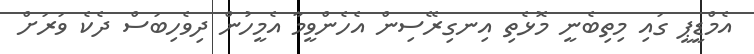
އެމްޑީޕީ ގައި މިތިބެނީ މޮޅެތި އިނގިރޭސިން އެހެންވީމާ އެމީހުން ދިވެހިބަސް ދެކެ ވަރަށް